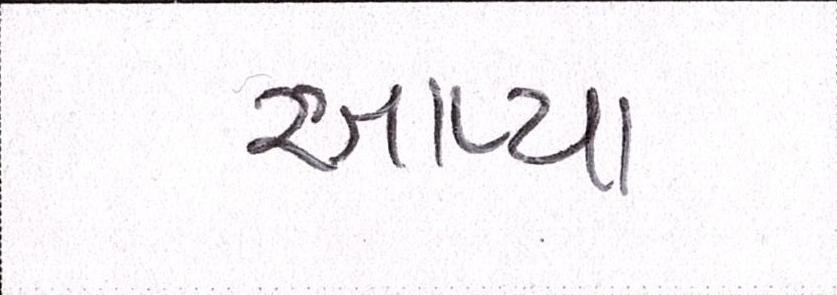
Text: આપ્યા